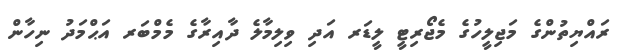
ރައްޔިތުންގެ މަޖިލީހުގެ މެޖޯރިޓީ ލީޑަރ އަދި ވިލިމާލެ ދާއިރާގެ މެމްބަރ އަޙްމަދު ނިހާން